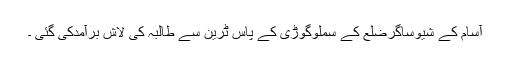
آسام کے شیوساگرضلع کے سملوگوڑی کے پاس ٹرین سے طالبہ کی لاش برآمدکی گئی ۔